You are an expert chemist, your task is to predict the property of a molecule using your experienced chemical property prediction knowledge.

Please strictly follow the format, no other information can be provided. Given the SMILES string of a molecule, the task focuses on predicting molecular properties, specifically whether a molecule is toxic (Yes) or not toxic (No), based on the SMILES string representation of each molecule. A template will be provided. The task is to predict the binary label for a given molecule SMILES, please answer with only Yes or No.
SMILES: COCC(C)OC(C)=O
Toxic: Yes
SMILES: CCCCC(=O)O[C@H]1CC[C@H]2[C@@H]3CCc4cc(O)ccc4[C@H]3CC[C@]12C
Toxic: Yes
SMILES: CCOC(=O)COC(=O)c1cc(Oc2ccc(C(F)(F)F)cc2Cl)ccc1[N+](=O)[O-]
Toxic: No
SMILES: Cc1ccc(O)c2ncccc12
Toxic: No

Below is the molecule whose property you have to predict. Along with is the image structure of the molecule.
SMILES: CCCCCCCCCCCCCCCC
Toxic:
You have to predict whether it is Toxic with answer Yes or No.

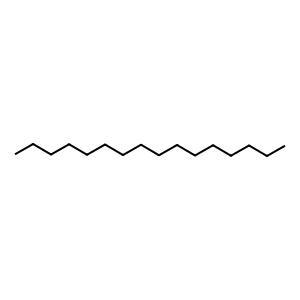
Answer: No